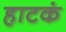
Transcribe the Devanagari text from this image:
हाटकं